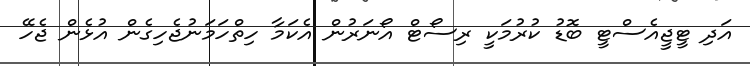
އަދި ޓީޖީއެސްޓީ ބޮޑު ކުރުމަކީ ރިސޯޓް އޯނަރުން އެކަމާ ހިތްހަމަނުޖެހިގެން އުޅެން ޖެހޭ